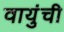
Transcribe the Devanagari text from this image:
वायुंची